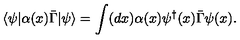
\langle \psi | \alpha ( x ) \bar { \Gamma } | \psi \rangle = \int ( d x ) \alpha ( x ) \psi ^ { \dagger } ( x ) \bar { \Gamma } \psi ( x ) .